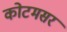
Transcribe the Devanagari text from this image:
कोटमसर